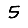
Digit: 5